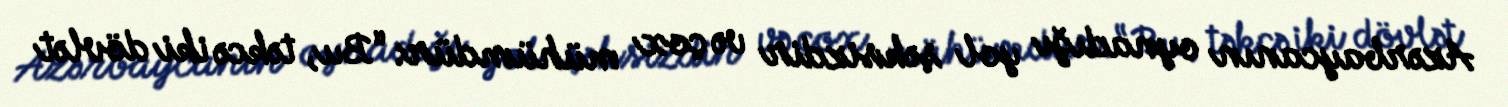
Azərbaycanın oynadığı yol şəksizdir və çox mühümdür: “Bu, təkcə iki dövlət